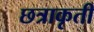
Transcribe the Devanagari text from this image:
छत्राकृती